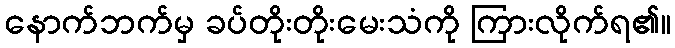
နောက်ဘက်မှ ခပ်တိုးတိုးမေးသံကို ကြားလိုက်ရ၏။